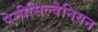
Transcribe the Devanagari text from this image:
पेनीसिल्वेनियन